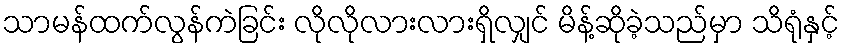
သာမန်ထက်လွန်ကဲခြင်း လိုလိုလားလားရှိလျှင် မိန့်ဆိုခဲ့သည်မှာ သိရုံနှင့်